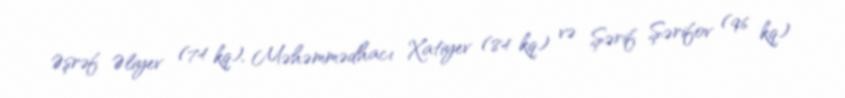
Əşrəf Əliyev (74 kq), Məhəmmədhacı Xatiyev (84 kq) və Şərif Şərifov (96 kq)